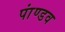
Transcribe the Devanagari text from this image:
पांण्‍डव